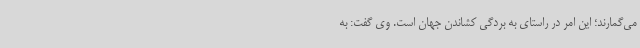
می‌گمارند؛ این امر در راستای به بردگی کشاندن جهان است. وی گفت: به